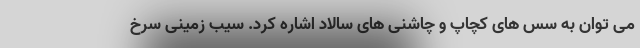
می توان به سس های کچاپ و چاشنی های سالاد اشاره کرد. سیب زمینی سرخ